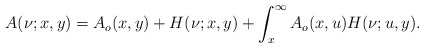
\begin{align*}A(\nu;x,y)=A_o(x,y)+H(\nu;x,y)+\int_{x}^{\infty}A_o(x,u)H(\nu;u,y).\end{align*}